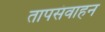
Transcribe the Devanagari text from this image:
तापसंवाहन